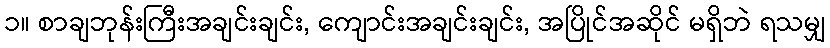
၁။ စာချဘုန်းကြီးအချင်းချင်း, ကျောင်းအချင်းချင်း, အပြိုင်အဆိုင် မရှိဘဲ ရသမျှ